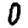
Digit: 0